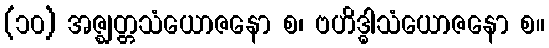
(၁၀) အဇ္ဈတ္တသံယောဇနော စ၊ ဗဟိဒ္ဓါသံယောဇနော စ။